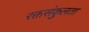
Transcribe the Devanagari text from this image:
रक्तसंकुलता